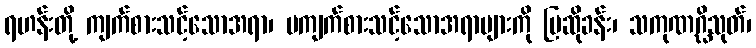
ရဟန်းတို့ ကျက်စားသင့်သောအရာ၊ မကျက်စားသင့်သောအရာများကို ပြဆိုခန်း၊ သကုဏဂ္ဃိသုတ်၊